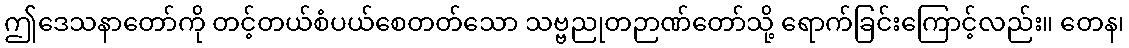
ဤဒေသနာတော်ကို တင့်တယ်စံပယ်စေတတ်သော သဗ္ဗညုတဉာဏ်တော်သို့ ရောက်ခြင်းကြောင့်လည်း။ တေန၊